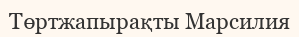
Төртжапырақты Марсилия